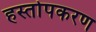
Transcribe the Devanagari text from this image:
हस्तोपकरण